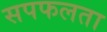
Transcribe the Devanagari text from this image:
सपफलता